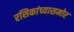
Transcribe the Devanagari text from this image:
रसिकांच्यासमोर